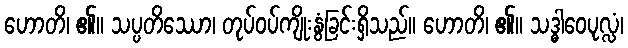
ဟောတိ၊ ၏။ သပ္ပတိဿော၊ တုပ်ဝပ်ကျိုးနွံခြင်းရှိသည်။ ဟောတိ၊ ၏။ သဒ္ဓါဝေပုလ္လံ၊